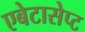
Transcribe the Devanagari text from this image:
एबेटासेप्ट